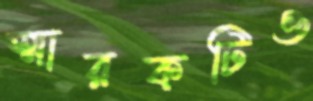
স্মারকটিও